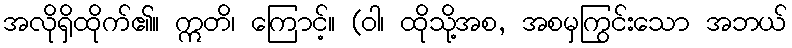
အလိုရှိထိုက်၏။ ဣတိ၊ ကြောင့်။ (ဝါ၊ ထိုသို့အစ, အစမှကြွင်းသော အဘယ်